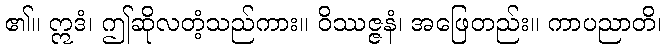
၏။ ဣဒံ၊ ဤဆိုလတံ့သည်ကား။ ဝိဿဇ္ဇနံ၊ အဖြေတည်း။ ကာပညာတိ၊